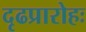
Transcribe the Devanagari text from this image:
दृढप्रारोहः